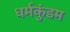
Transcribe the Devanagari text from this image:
धर्मकुंडम